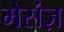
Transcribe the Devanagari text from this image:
मेसंज़